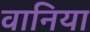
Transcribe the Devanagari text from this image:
वानिया